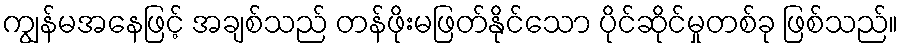
ကျွန်မအနေဖြင့် အချစ်သည် တန်ဖိုးမဖြတ်နိုင်သော ပိုင်ဆိုင်မှုတစ်ခု ဖြစ်သည်။